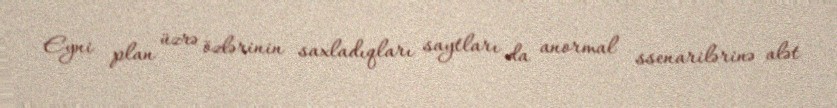
Eyni plan üzrə özlərinin saxladıqları saytları da anormal ssenarilərinə alət